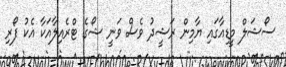
ސޯޝަލް މީޑިއާގައި ޔާމިން ރަޝީދު ވެސް ވަނީ ޝޯގެ ޓްރެއިލާއަކާ އެކު ފޯރި